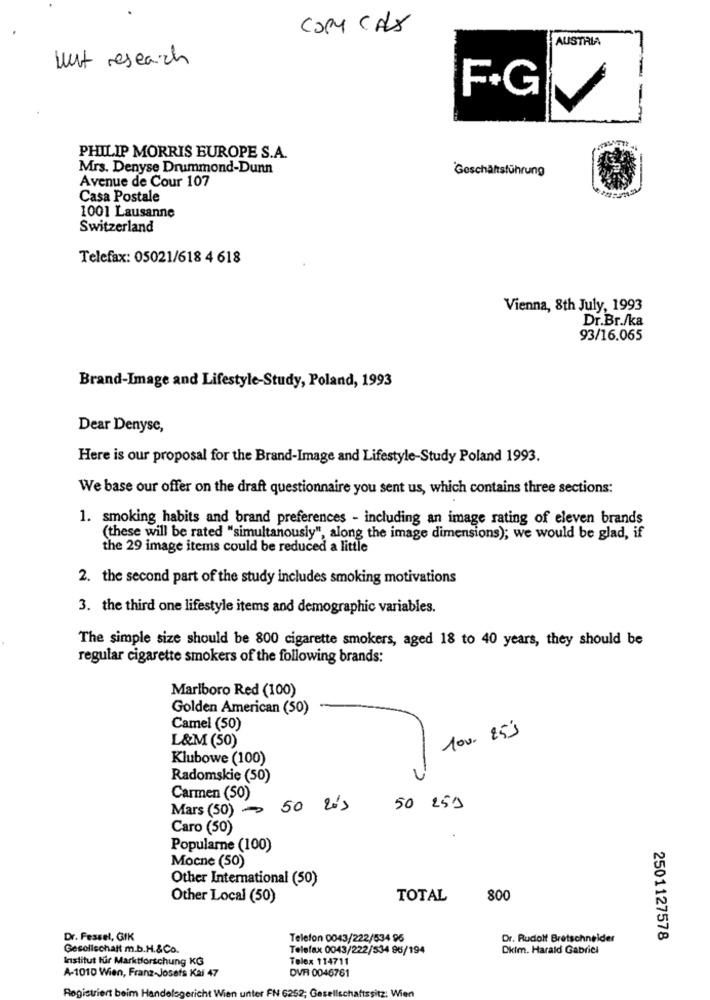
COM CALS
AUSTRIA
wut research
F+G
PHILIP MORRIS EUROPE S.A.
Mrs. Denyse Drummond-Dunn
Geschäftsführung
Avenue de Cour 107
Casa Postale
1001 Lausanne
Switzerland
Telefax: 05021/618 4 618
Vienna, 8th July, 1993
Dr.Br./ka
93/16.065
Brand-Image and Lifestyle-Study, Poland, 1993
Dear Denyse,
Here is our proposal for the Brand-Image and Lifestyle-Study Poland 1993.
We base our offer on the draft questionnaire you sent us, which contains three sections:
1. smoking habits and brand preferences - including an image rating of eleven brands
(these will be rated "simultanously", along the image dimensions); we would be glad, if
the 29 image items could be reduced a little
2. the second part of the study includes smoking motivations
3. the third one lifestyle items and demographic variables.
The simple size should be 800 cigarette smokers, aged 18 to 40 years, they should be
regular cigarette smokers of the following brands:
Marlboro Red (100)
Golden American (50)
Camel (50)
100. 253
L&M (50)
Klubowe (100)
Radomskie (50)
Carmen (50)
Mars (50)
50 2's
50 259
Caro (50)
Popularne (100)
Mocne (50)
Other International (50)
Other Local (50)
TOTAL
800
Dr. Fessel, GIK
Telefon 0043/222/534 96
Dr. Rudolf Bretschneider
2501127578
Gesellschaft m.b.H.&Co.
Telefax 0043/222/534 96/194
Dkim. Harald Gabriel
Institut für Marktforschung KG
Telex 114711
A-1010 Wien, Franz-Josefs Kai 47
DVFI 0046761
Registriert beim Handelsgericht Wien unter FN 6252; Gesells